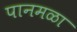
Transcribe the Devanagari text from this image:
पानमळा